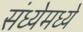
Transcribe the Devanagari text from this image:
संध्येमध्ये